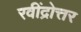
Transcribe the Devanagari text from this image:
रवींद्रोत्तर